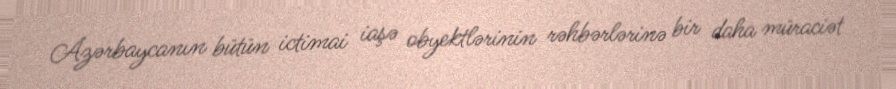
Azərbaycanın bütün ictimai iaşə obyektlərinin rəhbərlərinə bir daha müraciət